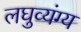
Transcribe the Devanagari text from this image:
लघुव्यंग्य